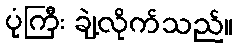
ပုံကြီး ချဲ့လိုက်သည်။